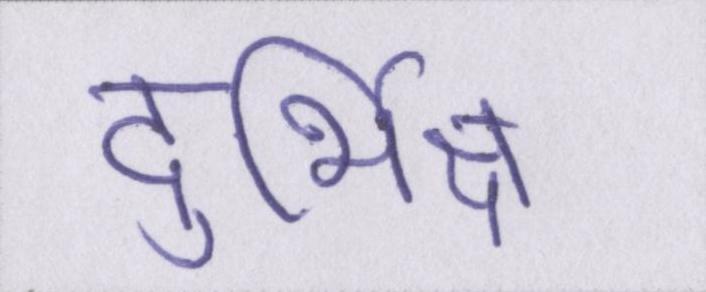
दुर्भिक्ष